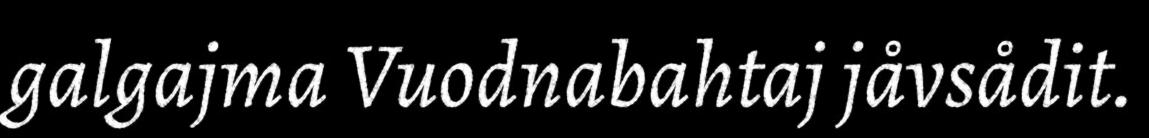
galgajma Vuodnabahtaj jåvsådit.